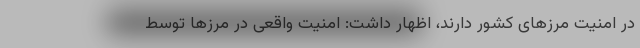
در امنیت مرزهای کشور دارند، اظهار داشت: امنیت واقعی در مرزها توسط